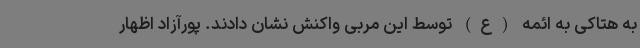
به هتاکی به ائمه (ع) توسط این مربی واکنش نشان دادند. پورآزاد اظهار